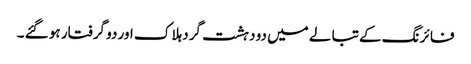
فا ئر نگ کے تبا لے میں دو دہشت گرد ہلا ک اور دو گرفتار ہو گئے ۔